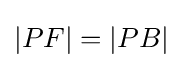
|PF|=|PB|